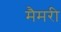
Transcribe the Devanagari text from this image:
मैमरी